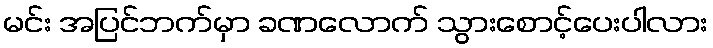
မင်း အပြင်ဘက်မှာ ခဏလောက် သွားစောင့်ပေးပါလား